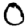
Digit: 0